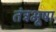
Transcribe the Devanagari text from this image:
तंत्रभूषा